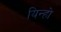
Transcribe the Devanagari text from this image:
यिन्हो